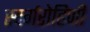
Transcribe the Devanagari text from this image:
स्वर्गरोहिणी